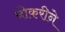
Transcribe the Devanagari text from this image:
नोकरीने